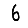
Digit: 6